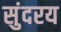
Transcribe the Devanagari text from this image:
सुंदरय